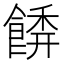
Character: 𩝂